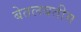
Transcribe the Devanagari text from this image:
बेतलबतीम